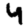
Digit: 4